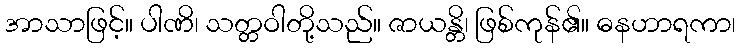
အာသာဖြင့်။ ပါဏိ၊ သတ္တဝါတို့သည်။ ဇာယန္တိ၊ ဖြစ်ကုန်၏။ ဓနဟာရကာ၊